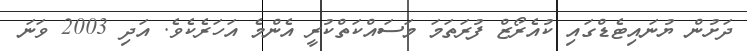
ދަށުން ޔުނައިޓެޑްގައި ކުއެރޯޒް ފުރަތަމަ މަސައްކަތްކުރީ އެންމެ އަހަރެކެވެ. އަދި 2003 ވަނަ